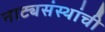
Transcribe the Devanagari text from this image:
नाट्यसंस्थांची